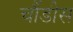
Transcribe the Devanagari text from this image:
चौंडीस